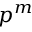
p ^ { m }